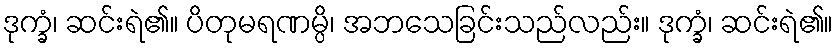
ဒုက္ခံ၊ ဆင်းရဲ၏။ ပိတုမရဏမ္ပိ၊ အဘသေခြင်းသည်လည်း။ ဒုက္ခံ၊ ဆင်းရဲ၏။